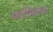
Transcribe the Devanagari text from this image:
मादीबरोबर